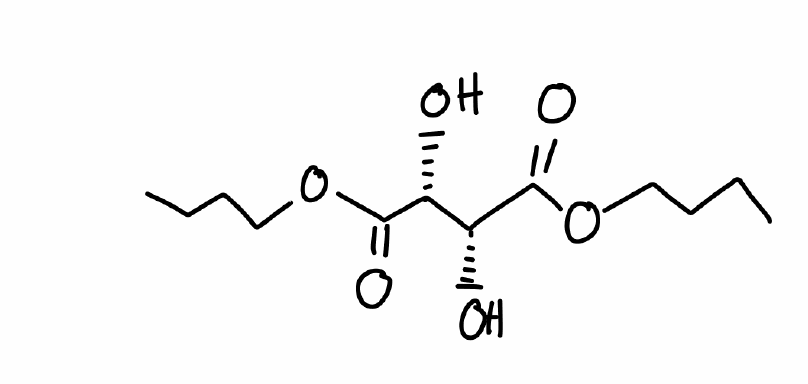
Simplified molecular-input line-entry system (SMILES) notation of the given molecule:
CCCCOC(=O)[C@@H]([C@H](C(=O)OCCCC)O)O